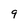
Character: 9